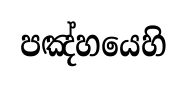
පඤ්හයෙහි